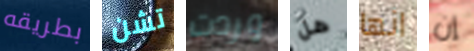
بطريقه تشن وردت هل انها إن